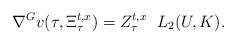
LaTeX: \begin{align*}\nabla^G v(\tau,\Xi_\tau^{t,x}) = Z_\tau ^{t,x} \,\, \; L_2(U,K) .\end{align*}